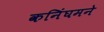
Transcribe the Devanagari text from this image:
कनिंघमने